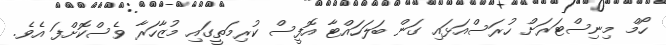
ހޯމް މިނިސްޓަރަށް ހުރަސްއަޅައި ގަން ބަލަހައްޓާ އޮފީސް ކުރިމަތީގައި މުޒާހަރާ ވެސްކޮށްފަ އެވެ.